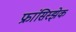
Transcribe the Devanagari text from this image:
फ्रांसिस्झेक